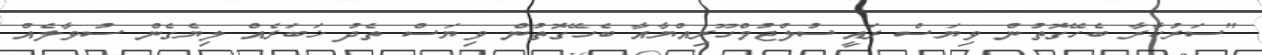
"ސަރުކާރާ ބެހޭގޮތުން ވިޔަސް ރައީސުލްޖުމްހޫރިއްޔާއާ ބެހޭގޮތުން ވިޔަސް ތެދު ޚަބަރެއް ލިޔެގެން ސުވާލެއް